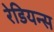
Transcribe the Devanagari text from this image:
रेडियन्स